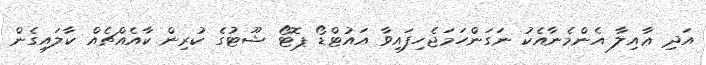
އަދި ޢާއިލާ އެންމެނާއެކު ނަގަންހަމަޖެހިފައިވާ އައުޓްޑޯ ޕޮޓޯ ޝޫޓުގެ ކުރިން ކާއެއްޗެއް ކާލައިގެން